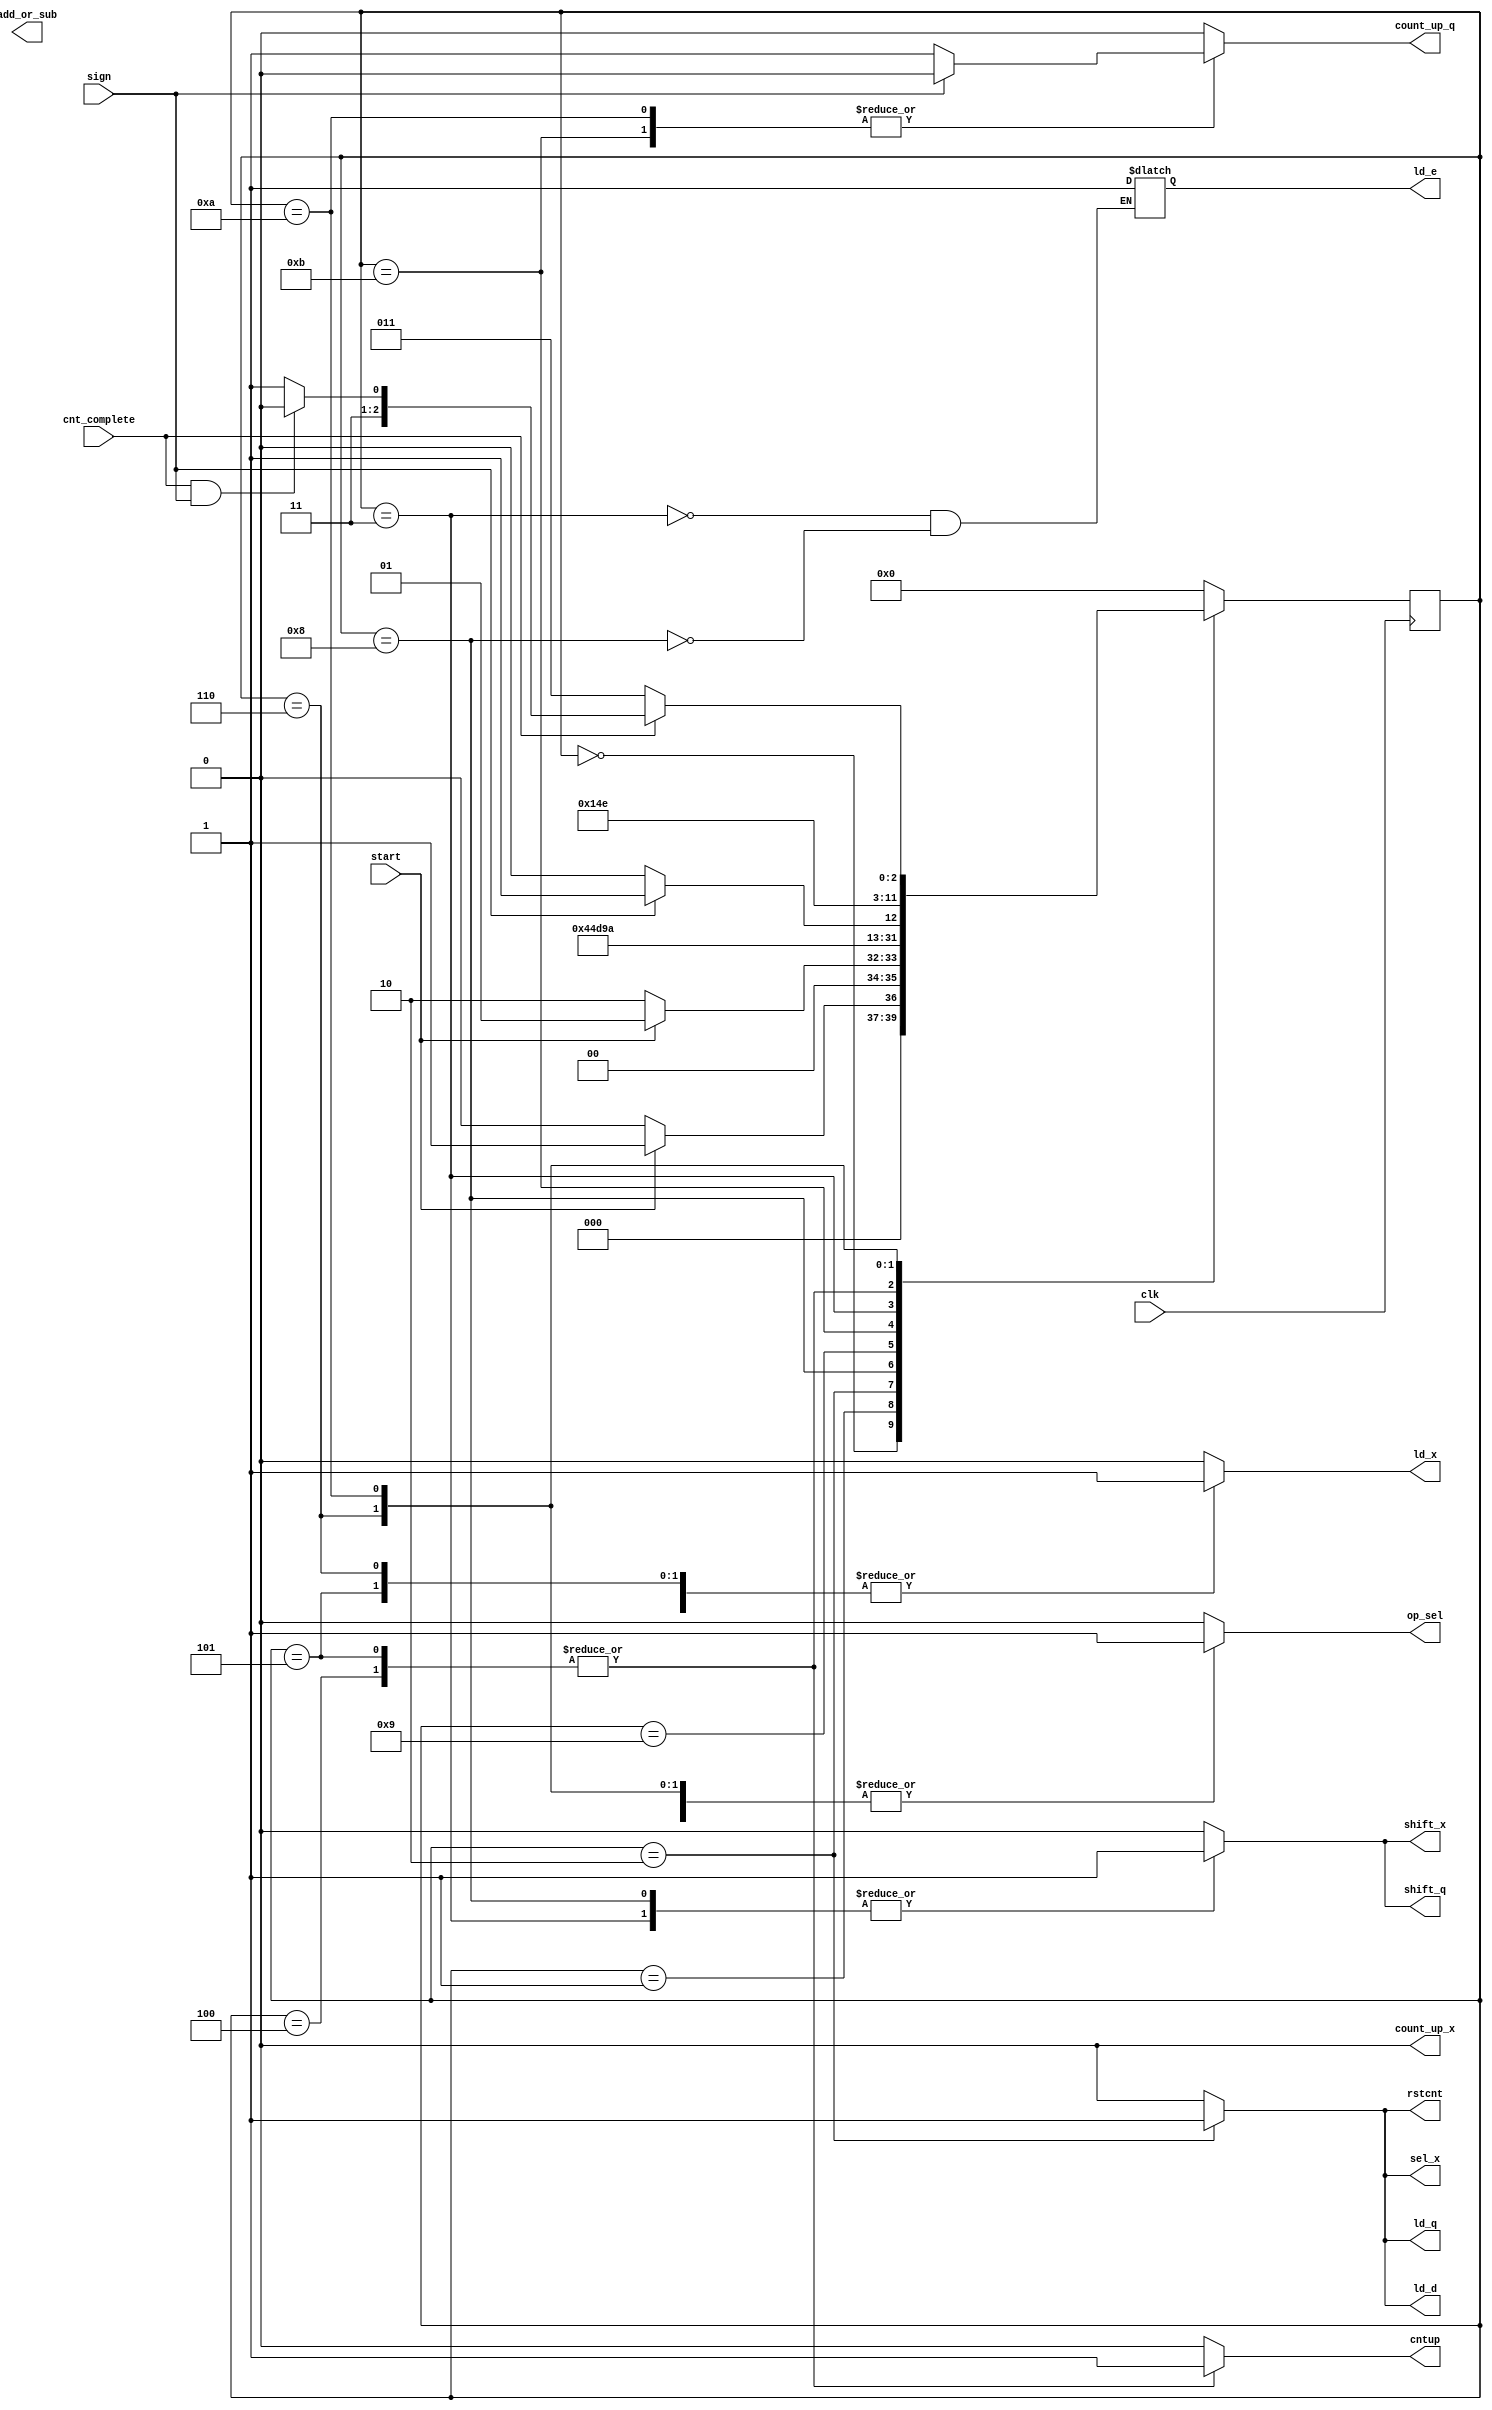
module controller(input clk,start,cnt_complete,sign,output reg ld_x,sel_x,shift_x,ld_q,shift_q,add_or_sub,count_up_x,count_up_q,ld_d,op_sel,cntup,rstcnt,ld_e);
localparam[3:0]S0=4'b0000, S1=4'b0001,S2=4'b0010,S3=4'b0011,S4=4'b0100,S5=4'b0101,S6=4'b0110,S7=4'b0111,S8=4'b1000,S9=4'b1001,S10=4'b1010,S11=4'b1011;
reg[3:0] p_state,n_state;

	always@(p_state,start)begin: transition     n_state=S0;

				case(p_state)
		S0:if(!start)n_state=S0;
			else n_state=S1;
		S1:if(start)n_state=S1;
			else n_state=S2;
		S2:n_state=S8;
		S8:n_state=S9;
		S9:n_state=S11;
		S11:n_state=S3;
		  /*if(sign)n_state=S5;
			else n_state=S4;*/
		S3:if(sign)n_state=S5;
			else n_state=S4;
		S4:n_state=S10;
		S5: n_state=S10;
		S6:n_state=S7;
		S7:n_state=S0;
		S10:if(!cnt_complete)n_state=S3;
		 else if(cnt_complete && sign) n_state=S6;
			 else n_state=S7;
		endcase
	end

	always@(p_state,start)begin:Outputing
		ld_x=0;sel_x=0;shift_x=0;ld_q=0;shift_q=0;count_up_x=0;count_up_q=0;ld_d=0;op_sel=0;cntup=0;rstcnt=0;
		case(p_state)
		S2:begin sel_x = 1; ld_x = 1; ld_q = 1; ld_d = 1;rstcnt = 1;end
		S3:begin  shift_x = 1; ld_e = 1 ;/*shift_q =(sign)?1:0*/ /*count_up_q=(!sign)?1:0;*/ shift_q=1;end
		S4:begin /*count_up_q = 1;*/ ld_x = 1;cntup=1;end
		S5:begin ld_x = 1;cntup=1;op_sel=1; end
		S6:begin ld_x = 1;op_sel =1;end
		S8:begin shift_x = 1; ld_e =1; shift_q = 1 ;op_sel= 0; end
		S9:begin ld_x=1;end
		S10:begin  count_up_q =(!sign)?1:0;op_sel =1; end
		S11:begin count_up_q =(!sign)?1:0; end
		endcase
	end

	always@(posedge clk)begin:sequential
		p_state <= n_state;
	end		
endmodule